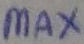
Text: max